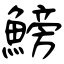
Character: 鰟